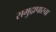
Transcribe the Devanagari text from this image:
समुद्रापारचा